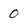
Character: 0